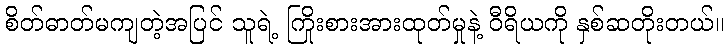
စိတ်ဓာတ်မကျတဲ့အပြင် သူရဲ့ ကြိုးစားအားထုတ်မှုနဲ့ ဝီရိယကို နှစ်ဆတိုးတယ်။